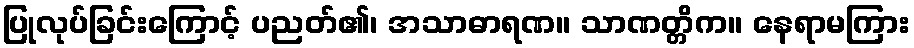
ပြုလုပ်ခြင်းကြောင့် ပညတ်၏၊ အသာဓာရဏ။ သာဏတ္တိက။ နေရာမကြား